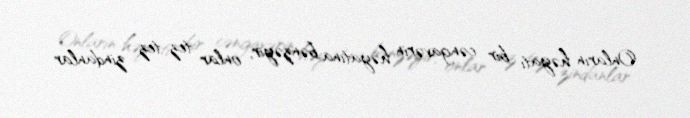
Onların həyatı bir cəngavərin həyatına bənzəyir, onlar tez-tez zindanlar